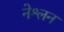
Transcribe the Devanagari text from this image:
नेश्लन